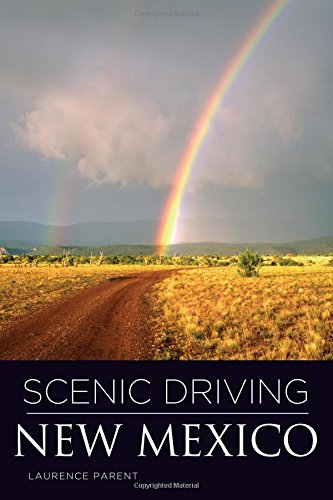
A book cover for Scenic Driving New Mexico; Laurence Parent; Travel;